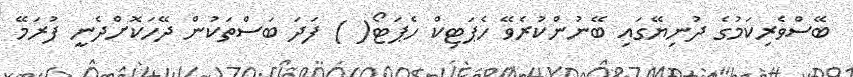
ބޭސްވެރިކަމުގެ ދުނިޔޭގައި ބޭނުންކުރެވޭ ހެޕަޓިކް ހެޕަޓޯ( ) ފަދަ ބަސްތަކުން ދޭހަކޮށްދެނީ ފުރަމޭ